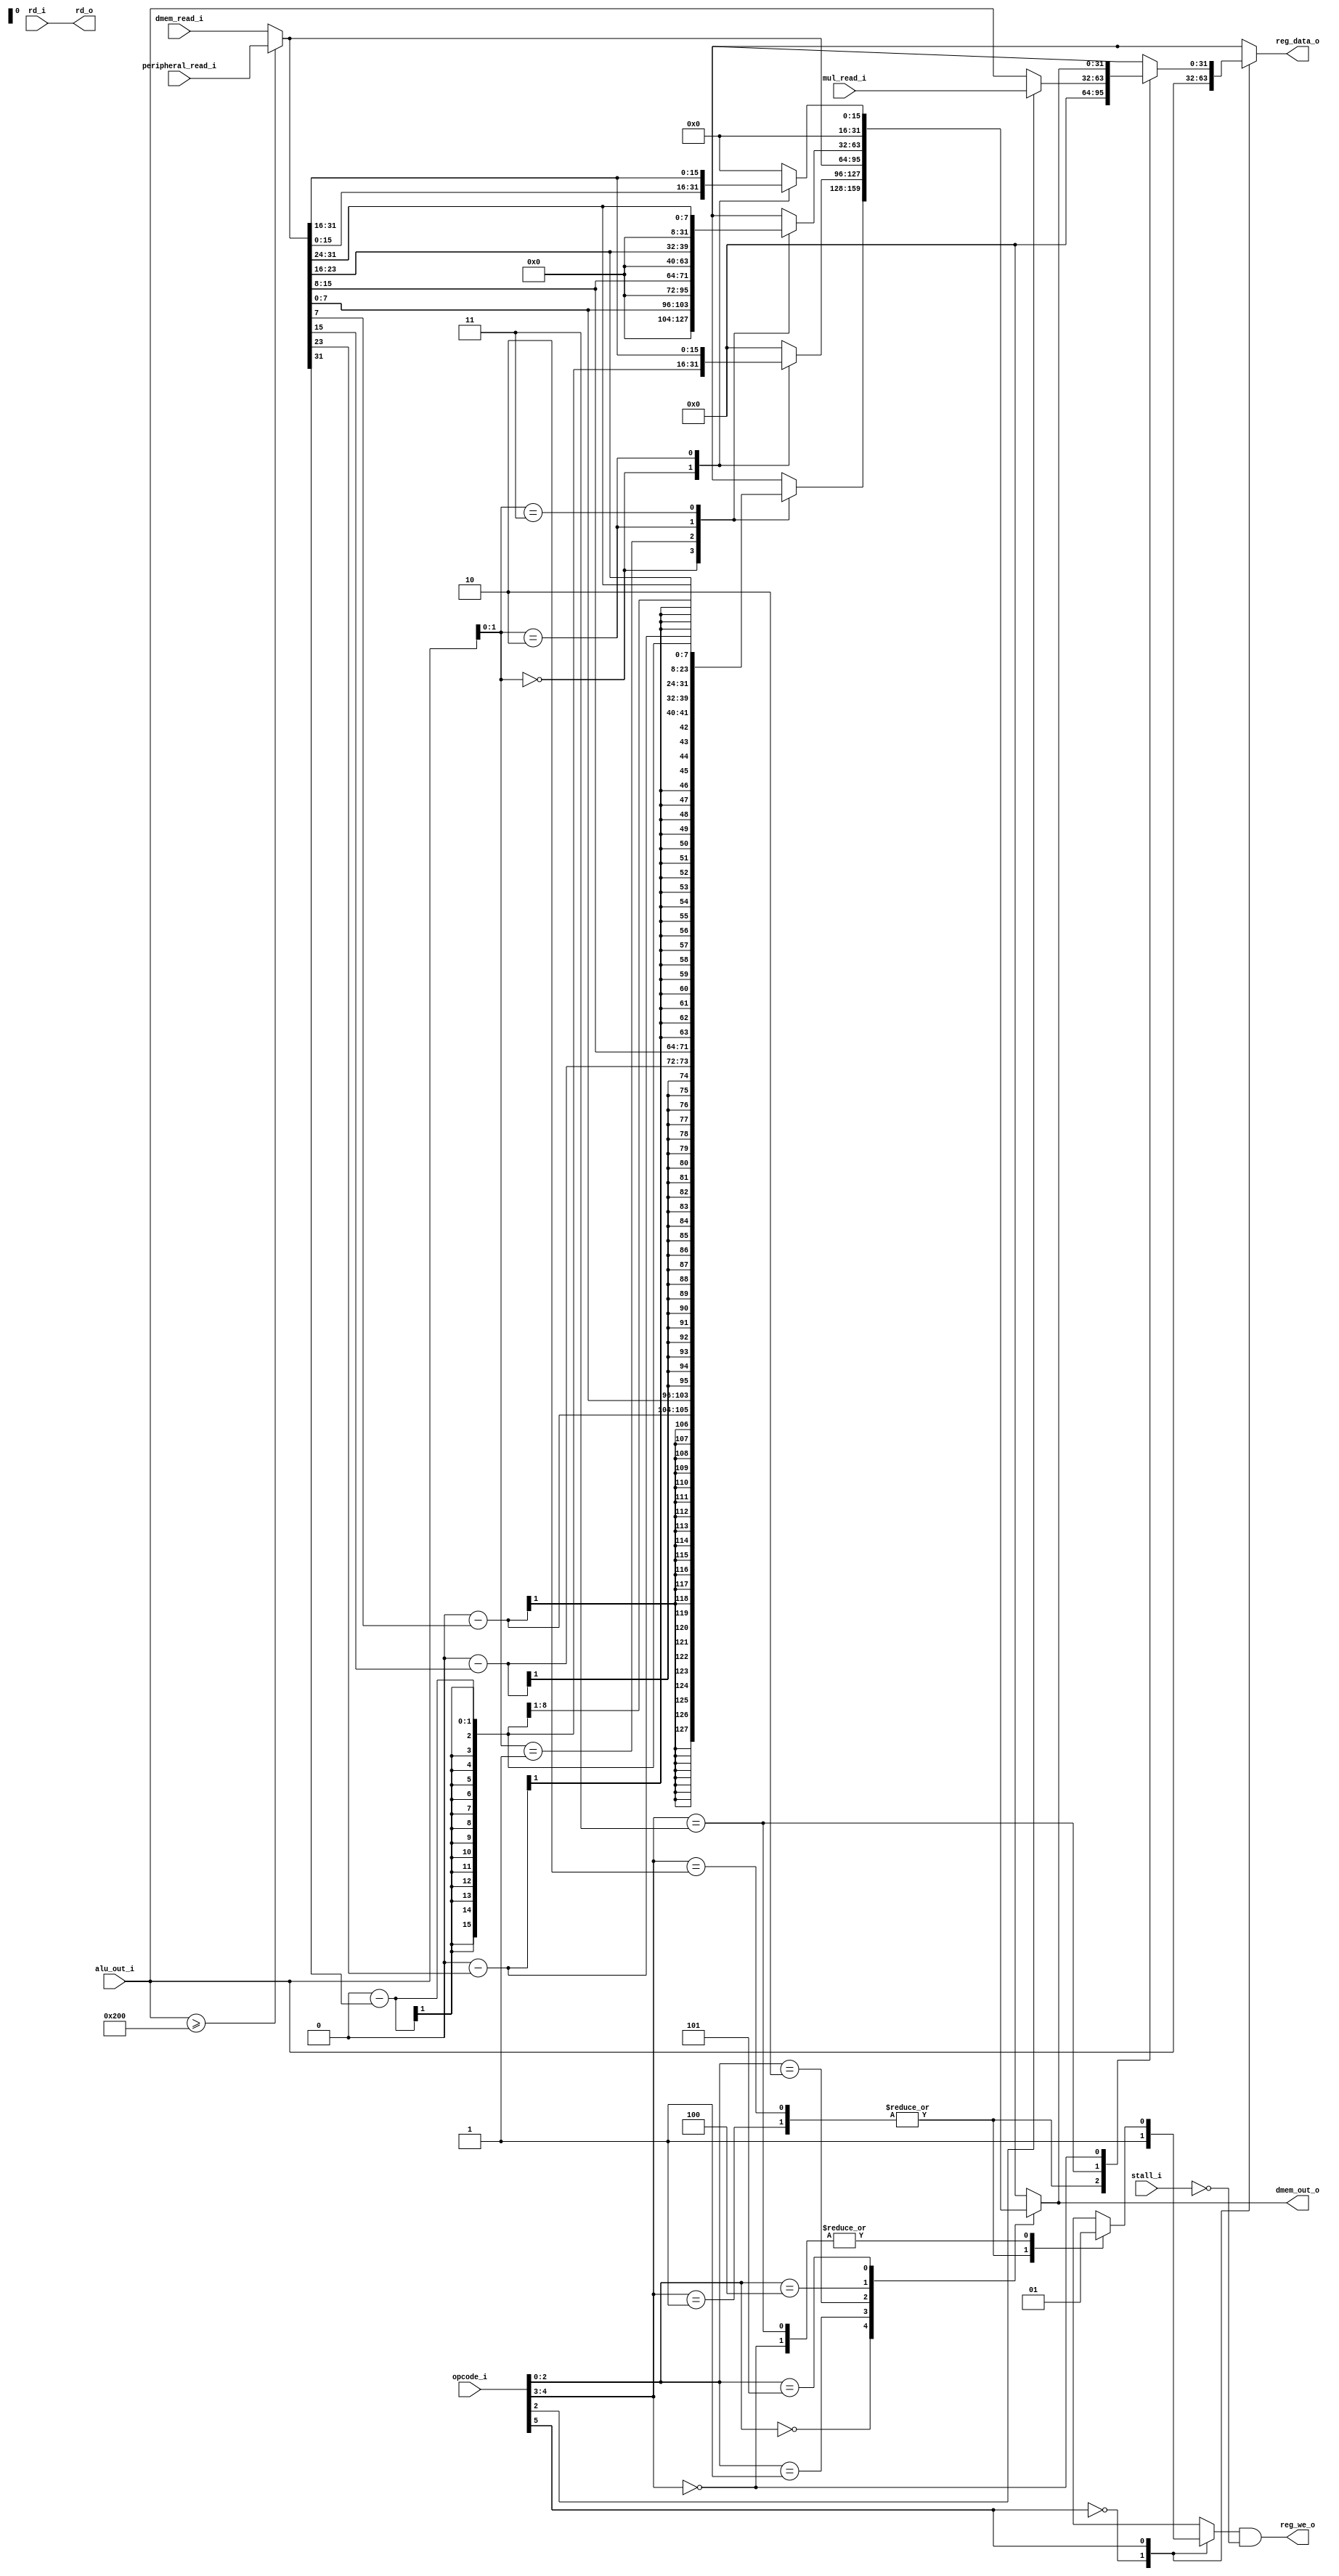
module pipeline_wb(

	//Input
	
	input [5:0] opcode_i,
	input [4:0] rd_i,
	input [31:0] alu_out_i,
	input stall_i,
	
	input [31:0] peripheral_read_i,
	input [31:0] dmem_read_i,
	input [31:0] mul_read_i,
		
	//Output
	
	output [31:0] reg_data_o,
	output reg_we_o,
	output [4:0] rd_o,
	output [31:0] dmem_out_o
);


	reg reg_we_w;
	reg [31:0] reg_data_r;
	
	wire [31:0] rf_write_out;				//Register Write Out
	reg  [31:0] dmem_read_w_local;
	
	//----------------------------------//
	//			Register Input Decoder		//
	//----------------------------------//
	
	always@(*) begin
		case(opcode_i[5])
			//ALU Operations
			1'b0:
				begin
					reg_data_r = alu_out_i;
					reg_we_w  = 'b1;
				end
			//Other Operations
			1'b1:
				begin
					case(opcode_i[4:3])
						//Branch and Store
						2'b10,2'b01:
							begin
								reg_data_r = 'b0;
								reg_we_w  = 'b0;
							end
						//Jump, AUIPC, LUI
						2'b11:
							begin
								if(opcode_i[2] == 1) 
									begin
										reg_data_r = mul_read_i;
										reg_we_w = 'b1;
									end
								else
									begin
										reg_data_r = alu_out_i;
										reg_we_w = 'b1;
									end
							end
						//Load
						2'b00:
							begin
								reg_data_r = dmem_read_w_local;
								reg_we_w = 'b1;	
							end
					endcase
				end
		endcase
	end



	assign rf_write_out = (alu_out_i >= 'd512) ? peripheral_read_i : dmem_read_i ;
	// Setting correct data read from DMEM
	always @(*)
	begin
		case(opcode_i[2:0])
		3'b000:
				begin
					case(alu_out_i[1:0])
					2'b00: dmem_read_w_local = {(1<<24)-rf_write_out[7],rf_write_out[7:0]};
					2'b01: dmem_read_w_local = {(1<<24)-rf_write_out[15],rf_write_out[15:8]};
					2'b10: dmem_read_w_local = {(1<<24)-rf_write_out[23],rf_write_out[23:16]};
					2'b11: dmem_read_w_local = {(1<<24)-rf_write_out[31],rf_write_out[31:24]};
					default: dmem_read_w_local = 'b0;
					endcase
				end
		3'b001:
				begin
					case(alu_out_i[1:0])
					2'b00: dmem_read_w_local = {(1<<16)-rf_write_out[15],rf_write_out[15:0]};
					2'b10: dmem_read_w_local = {(1<<16)-rf_write_out[31],rf_write_out[31:16]};
					default: dmem_read_w_local = 'b0;
					endcase
				end
		3'b010: dmem_read_w_local = rf_write_out;
		3'b100:
				begin
					case(alu_out_i[1:0])
					2'b00: dmem_read_w_local = {24'b0,rf_write_out[7:0]};
					2'b01: dmem_read_w_local = {24'b0,rf_write_out[15:8]};
					2'b10: dmem_read_w_local = {24'b0,rf_write_out[23:16]};
					2'b11: dmem_read_w_local = {24'b0,rf_write_out[31:24]};
					default: dmem_read_w_local = 'b0;
					endcase
				end
		3'b101:
				begin
					case(alu_out_i[1:0])
					2'b00: dmem_read_w_local = {16'b0,rf_write_out[15:0]};
					2'b10: dmem_read_w_local = {16'b0,rf_write_out[31:16]};
					default: dmem_read_w_local = 'b0;
					endcase
				end
		default: dmem_read_w_local = 'b0;
		endcase
	end

	assign rd_o = rd_i;
	assign reg_we_o = reg_we_w & (~stall_i);
	assign reg_data_o = reg_data_r;
	assign dmem_out_o = dmem_read_w_local;
endmodule